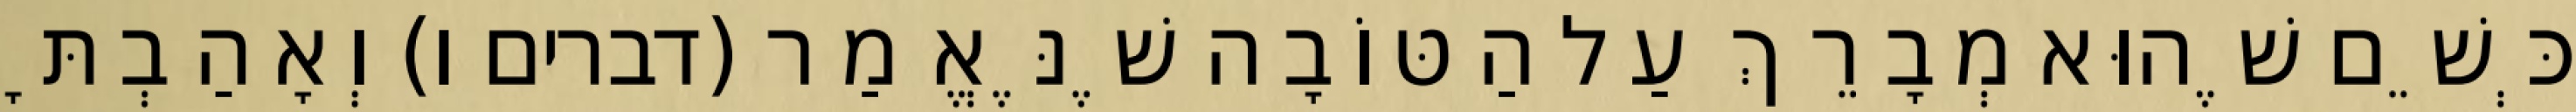
כְּשֵׁם שֶׁהוּא מְבָרֵךְ עַל הַטּוֹבָה שֶׁנֶּאֱמַר (דברים ו) וְאָהַבְתָּ